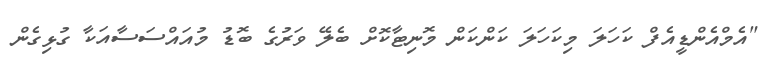
"އެމްއެންޑީއެފް ކަހަލަ މިކަހަލަ ކަންކަން މޮނިޓާކޮށް ބެލޭ ވަރުގެ ބޮޑު މުއައްސަސާއަކާ ގުޅިގެން